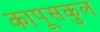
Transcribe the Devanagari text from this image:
कापूसकुल